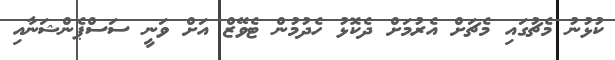
ކުޅުނު މެޗުގައި މެޗަށް އެރުމަށް ދެކޮޅު ހެދުމުން ޓެވޭޒް އަށް ވަނީ ސަސްޕެންޝަނާއި